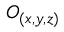
O _ { ( x , y , z ) }